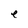
Character: e